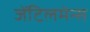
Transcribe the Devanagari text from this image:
जेंटिलमेन्स